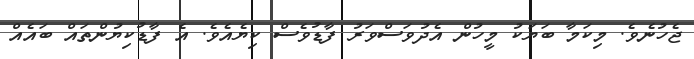
ޖެހުނެވެ. މިކަމާ ބަޔަކު މީހުން އެދުވަސްވަރު ފާޑުވެސް ކިޔެއެވެ. އެ ފާޑުކިޔުންތައް ބައެއް